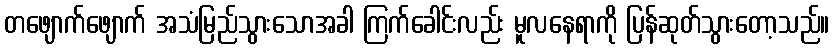
တဖျောက်ဖျောက် အသံမြည်သွားသောအခါ ကြက်ခေါင်းလည်း မူလနေရာကို ပြန်ဆုတ်သွားတော့သည်။